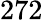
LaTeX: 272